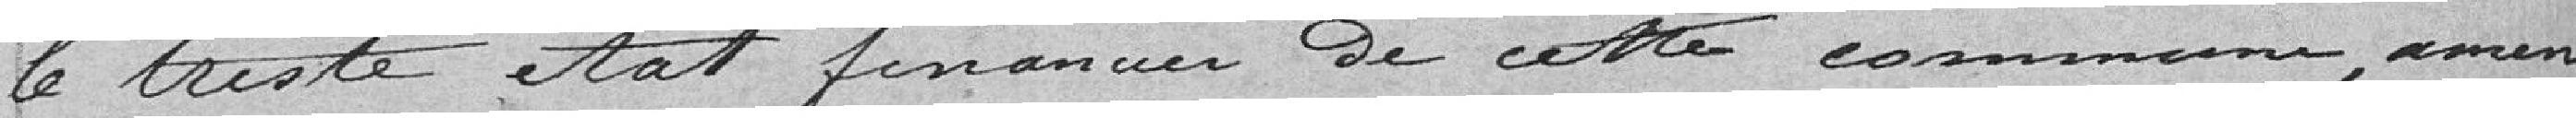
le triste état financier de cette commune (am...)